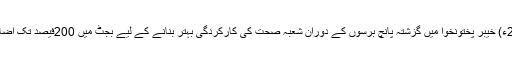
22 مئی2018ء) خیبر پختونخوا میں گزشتہ پانچ برسوں کے دوران شعبہ صحت کی کارکردگی بہتر بنانے کے لیے بجٹ میں 200فیصد تک اضافہ کیا گیا ہے۔